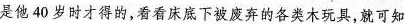
是他40岁时才得的，看看床底下被废弃的各类木玩具，就可知